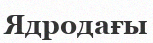
Ядродағы